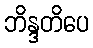
ဘိန္ဒတိပေ